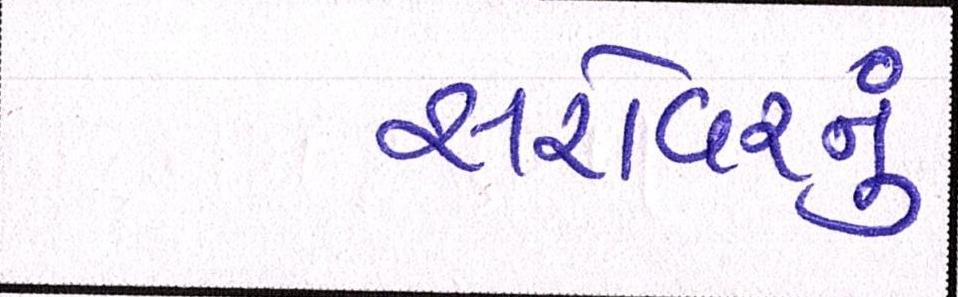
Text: સરોવરનું